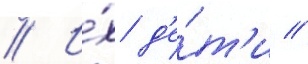
// И́х д'е́т'и //